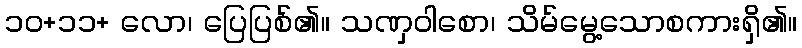
၁၀+၁၁+ လော၊ ပြေပြစ်၏။ သဏှဝါစော၊ သိမ်မွေ့သောစကားရှိ၏။